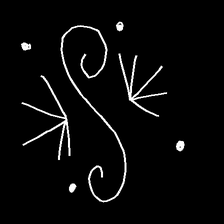
Glyph: aeroform